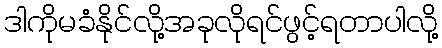
ဒါကိုမခံနိုင်လို့အခုလိုရင်ဖွင့်ရတာပါလို့